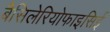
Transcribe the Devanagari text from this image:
बैसिलेरियोफाइसिई